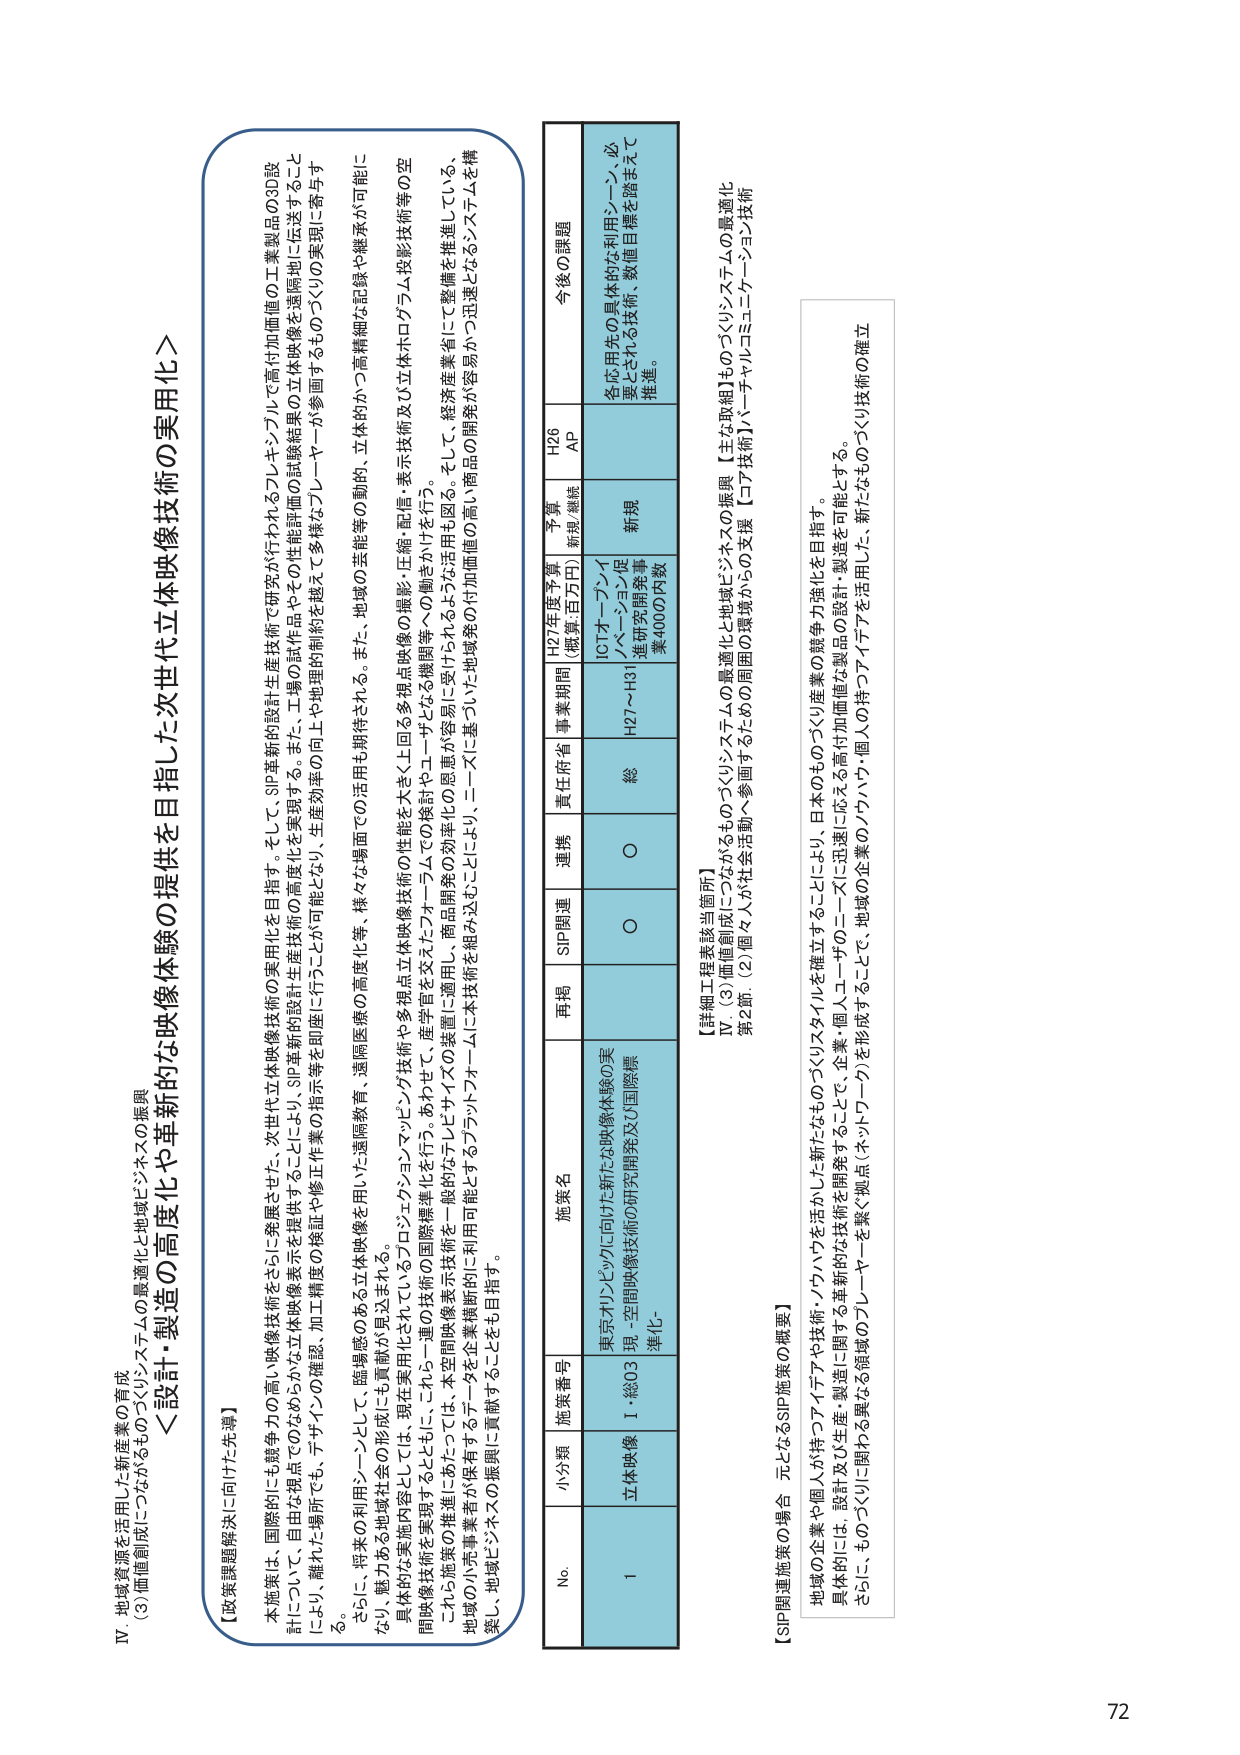
IV. 地域資源を活用した新産業の育成
(3) 価値創成につながるものづくりシステムの最適化と地域ビジネスの振興

＜設計・製造の高度化や革新的な映像体験を提供を目指した次世代立体映像技術の実用化＞

【政策課題解決に向けた先導】
本施策は、国際的にも競争力の高い映像技術をさらに発展させた、次世代立体映像技術の実用化を目指す。そして、SIP革新的設計生産技術で研究が行われているレギュラーブルで高付加価値の工業製品の3D設計について、自国で視点でのみならず、立体映像表示を提供することにより、SIP革新的設計生産技術の高度化を実現する。また、工場の試作品やその性能評価の立体映像を遠隔地に伝送することにより、離れた場所でも、デザインの確認、加工精度の検証や修正作業の指示等を即座に行うことが可能となり、生産効率の向上や地理的制約を超えて多様なプレイヤーが参画するものづくりの実現に寄与する。
さらに、将来の利用シーンとして、臨場感のある立体映像を用いた遠隔教育、遠隔医療の高度化等、様々な場面での活用も期待される。また、地域の芸能等の動的、立体的かつ高精細な記録や継承が可能になり、魅力ある地域社会の形成にも貢献が見込まれる。
具体的な実施内容としては、現在実用化されているプロジェクションマッピング技術や多視点立体映像技術の性能を大きく上回る多視点映像の撮影・圧縮・配信・表示技術及び立体ホログラム投影技術等の空間映像技術を実現することとともに、これら一連の技術の国際標準化を行う。あわせて、産学官を交えたフォーラムでの検討やユーザとなる機関等への働きかけを行う。
これらの施策の推進にあたっては、本空間映像表示技術を一般的なテレビやディスプレイの装置に適用し、商品開発の効率化の恩恵が容易に受けられるような活用も図る。そして、経済産業省にて整備を推進している、地域の小規模事業者が保有するデータを企業横断的に利用可能とするプラットフォームに本技術を組み込むことにより、ニーズに基づいた地域発の高い付加価値の商品の開発が容易かつ迅速となるシステムを構築し、地域ビジネスの振興に貢献することをも目指す。

No. 小分類 施策番号 施策名 再掲 SIP関連 連携 責任府省 事業期間 H27年度予算 （概算・百万円） 予算 新規/継続 H26 AP 今後の課題
1 立体映像 I-総03 東京オリンピックに向けた新たな映像体験の実現 -空間映像技術の研究開発及び国際標準化- ○ ○ 総 H27～H3 ICTオープンイノベーション促進研究開発事業4000円数 新規 各応用先の具体的な利用シーン、必要とされる技術・数値目標を踏まえて推進。

【詳細工程表該当箇所】
Ⅳ. (3) 価値創成につながるものづくりシステムの最適化と地域ビジネスの振興
第2節 (2) 個々人が社会活動へ参画するための周囲の環境からの支援【コア技術】・バーチャルミュージアム技術

【SIP関連施策の場合 元となるSIP施策の概要】
地域の企業や個人が持つアイデアや技術・ノウハウを活かした新たなものづくりスタイルを確立することにより、日本のもものづくり産業の競争力強化を目指す。
具体的には、設計及び生産・製造に関する革新的な技術を開発することと、企業・個人ユーザのニーズに迅速に応える高付加価値な製品の設計・製造を可能とする。
さらに、ものづくりに関わる異なる領域のプレイヤーを繋ぐ拠点（ネットワーク）を形成することで、地域の企業のノウハウ・個人の持つアイデアを活用した、新たなものづくり技術の確立

72